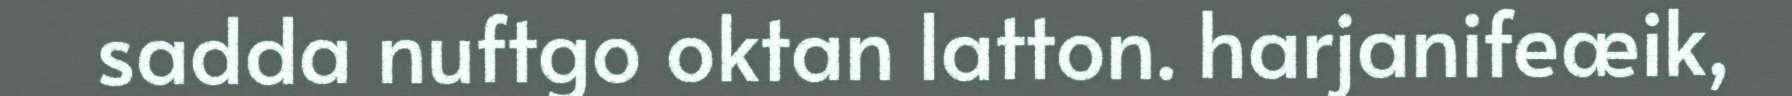
sadda nuftgo oktan latton. harjanifeæik,